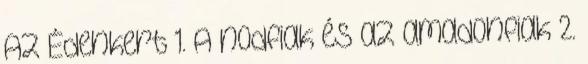
Az Édenkert 1. A nodfiak és az amadonfiak 2.